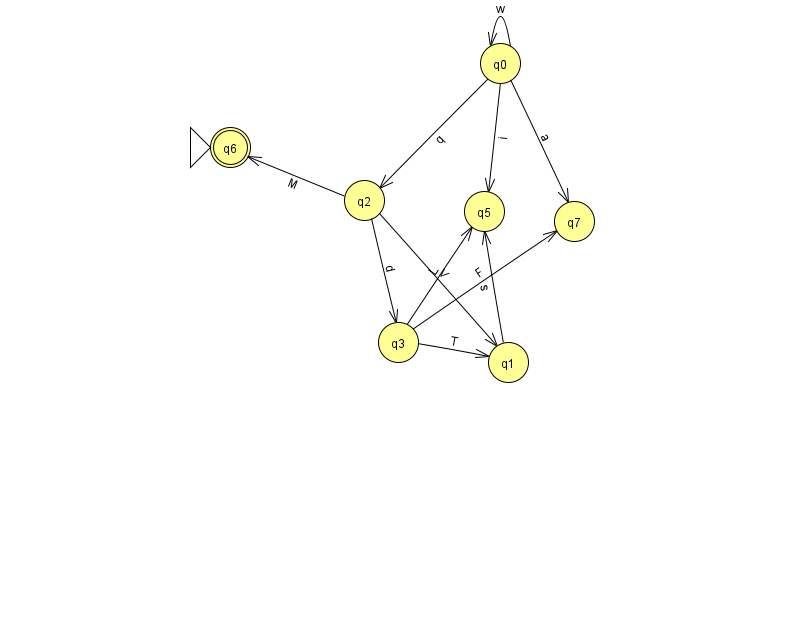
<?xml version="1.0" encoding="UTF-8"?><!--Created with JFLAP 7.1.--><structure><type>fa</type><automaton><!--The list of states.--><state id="0" name="q0"><x>500.0</x><y>50.0</y></state><state id="1" name="q1"><x>508.0</x><y>349.0</y></state><state id="2" name="q2"><x>364.0</x><y>187.0</y></state><state id="3" name="q3"><x>398.0</x><y>329.0</y></state><state id="5" name="q5"><x>484.0</x><y>198.0</y></state><state id="6" name="q6"><x>230.0</x><y>134.0</y><initial/><final/></state><state id="7" name="q7"><x>574.0</x><y>208.0</y></state><!--The list of transitions.--><transition><from>0</from><to>2</to><read>q</read></transition><transition><from>2</from><to>3</to><read>d</read></transition><transition><from>0</from><to>0</to><read>w</read></transition><transition><from>3</from><to>5</to><read>L</read></transition><transition><from>3</from><to>7</to><read>F</read></transition><transition><from>2</from><to>1</to><read>V</read></transition><transition><from>3</from><to>1</to><read>T</read></transition><transition><from>0</from><to>7</to><read>a</read></transition><transition><from>1</from><to>5</to><read>s</read></transition><transition><from>2</from><to>6</to><read>M</read></transition><transition><from>0</from><to>5</to><read>i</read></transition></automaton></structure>